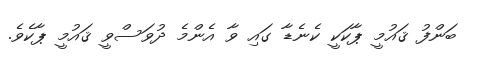
ބަންފު ޤައުމީ ޕާކަކީ ކެނެޑާ ގައި ވާ އެންމެ ދުވަސްވީ ޤައުމީ ޕާކެވެ.